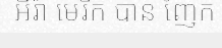
អឺរ៉ា មេរិក បាន ញែក